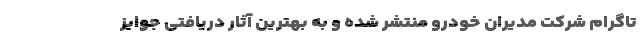
تاگرام شرکت مدیران خودرو منتشر شده و به بهترین آثار دریافتی جوایز